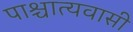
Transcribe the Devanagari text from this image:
पाश्चात्यवासी